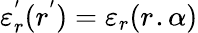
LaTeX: \begin{array}{r}{\varepsilon_{r}^{'}(r^{'})=\varepsilon_{r}(r^{}.\alpha)}\end{array}